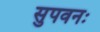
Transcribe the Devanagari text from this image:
सुपवनः